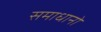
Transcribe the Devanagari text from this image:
समाधानो